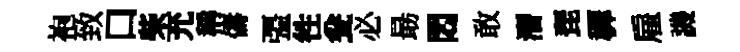
袍致口柴充稱儔彊徃瓮必朂悶敢潛琵穉雇譏